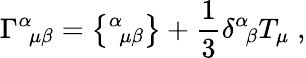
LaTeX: \Gamma^{\alpha}{}_{\! \mu\beta}=\big\{ {}^{\alpha}{}_{\! \mu\beta}\big\} +\frac{1}{3}\delta^{\alpha}{}_{\! \beta}T_{\mu}\; ,